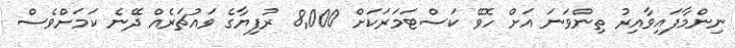
ނިންމާފައިވާއިރު ތިންވަނަ އަށް ހޮވޭ ކަސްޓަމަރަކަށް 8